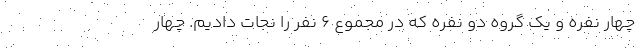
چهار نفره و یک گروه دو نفره که در مجموع ۶ نفر را نجات دادیم. چهار